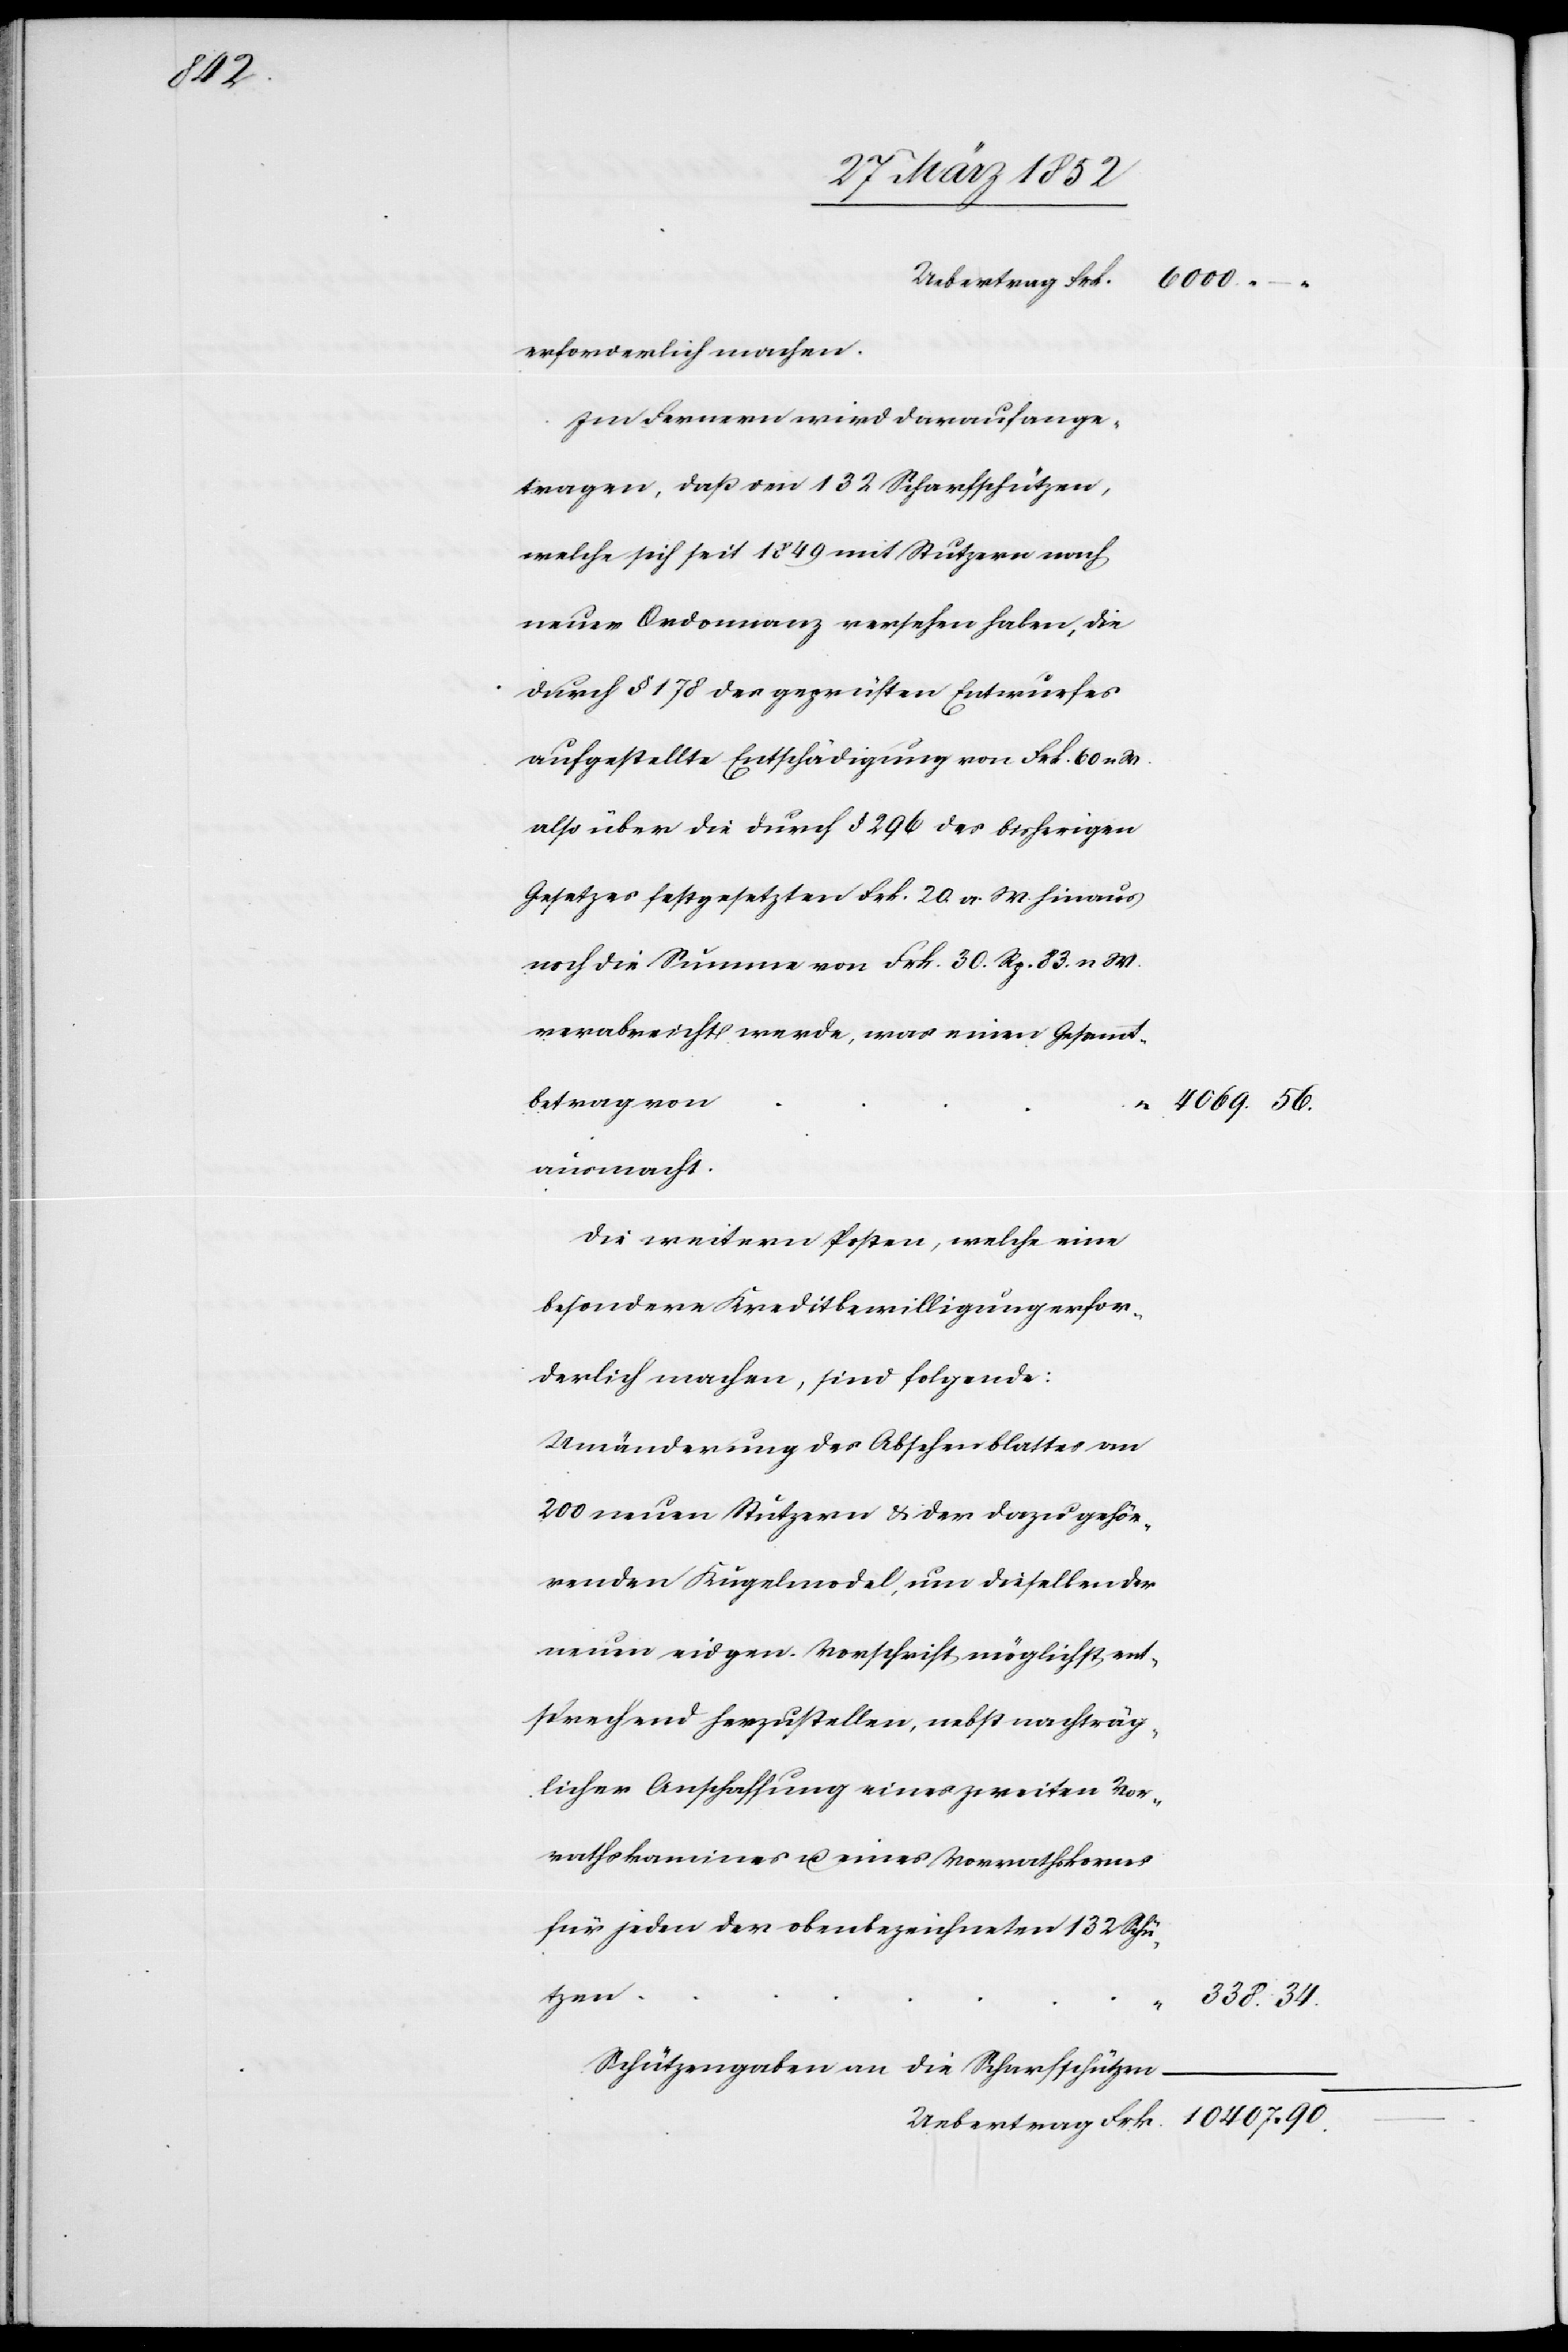
34.

erforderlich machen.
Im Fernern wird darauf ange¬
tragen, daß den 132 Scharfschützen,
welche sich seit 1849 mit Stutzern nach
neuer Ordonnanz versehen haben, die
durch § 178 des geprüften Entwurfes
aufgestellte Entschädigung von Frk. 60 n
also über die durch § 296 des bisherigen
Gesetzes festgesetzten Frk. 20. a. W. hinaus
noch die Summe von Frk. 30. Rp. 83. n W.
verabreicht werde, was einem Gesammt¬
betrag von
ausmacht.
Die weiteren Posten, welch eine
besondere Kreditbewilligung erfor¬
derlich machen, sind folgende:
Umänderung des Absehenblattes von
200 neuen Stutzern u. der dazu gehö¬
renden Kugelmodel, um dieselben der
neuen eidgen. Vorschrift möglichst ent¬
sprechend herzustellen, nebst nachträg¬
licher Anschaffung eines zweiten Vor¬
rathskamines u. eines Vorrathskornes
für jeden der obenbezeichneten 132 Schü¬
tzen
Schützengaben an die Scharfschützen